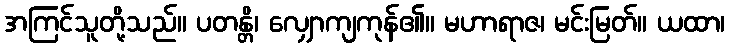
အကြင်သူတို့သည်။ ပတန္တိ၊ လျှောကျကုန်၏။ မဟာရာဇ၊ မင်းမြတ်။ ယထာ၊